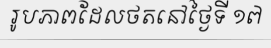
រូបភាពដែលថតនៅថ្ងៃទី ១៧